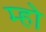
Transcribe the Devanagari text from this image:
म्हो